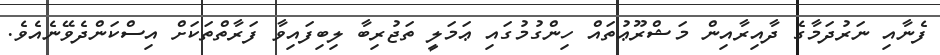
ފެނާއި ނަރުދަމާގެ ދާއިރާއިން މަޝްރޫޢުތައް ހިންގުމުގައި ޢަމަލީ ތަޖުރިބާ ލިބިފައިވާ ފަރާތްތަކަށް އިސްކަންދެވޭނެއެވެ.